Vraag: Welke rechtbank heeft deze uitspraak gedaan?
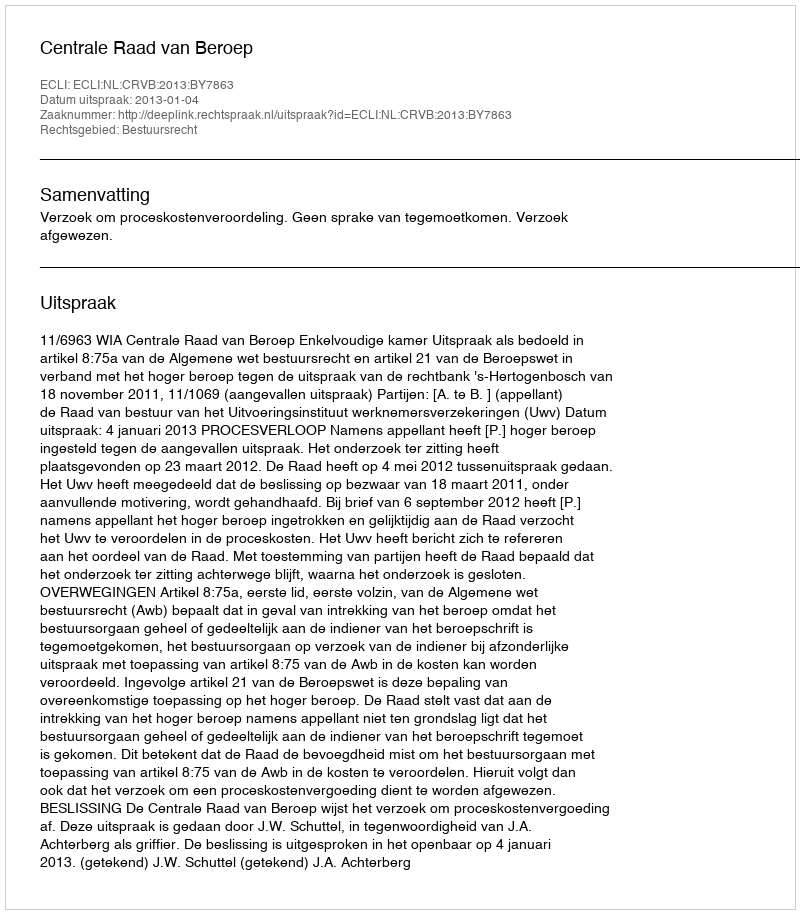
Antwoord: Centrale Raad van Beroep